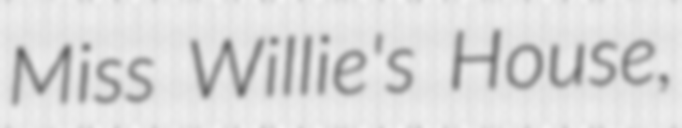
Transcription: Miss Willie's House,